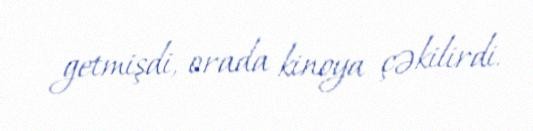
getmişdi, orada kinoya çəkilirdi.